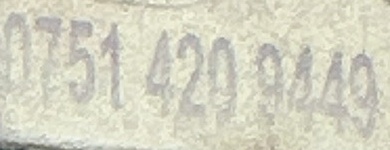
0751 420 9449